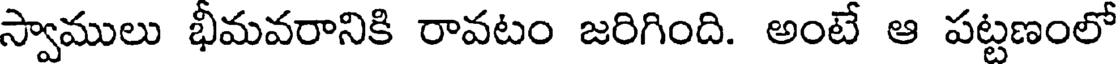
స్వాములు భీమవరానికి రావటం జరిగింది. అంటే ఆ పట్టణంలో